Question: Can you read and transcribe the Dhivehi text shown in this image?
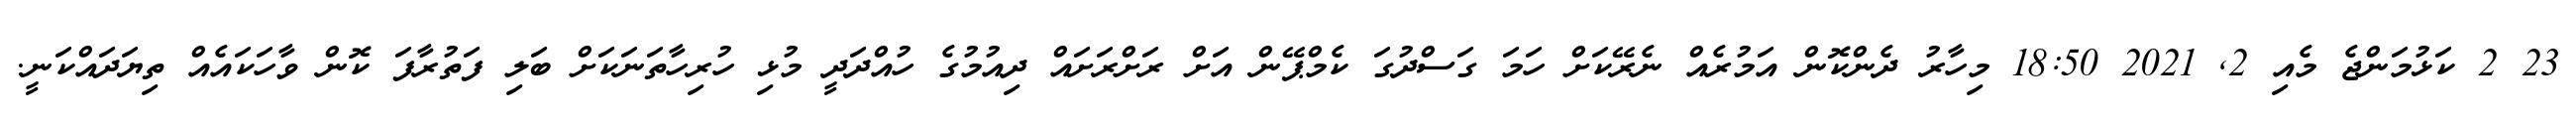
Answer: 23 2 ކަޅުމަންޖެ މެއި 2, 2021 18:50 މިހާރު ދެންކޮން އަމުރެއް ނެރޭކަށް ހަމަ ގަސްދުގަ ކެމްޕޭން އަށް ރަށްރަށައް ދިއުމުގެ ހުއްދަދީ މުޅި ހުރިހާތަނަކަށް ބަލި ފަތުރާފަ ކޮން ވާހަކައެއް ތިޔަދައްކަނީ.